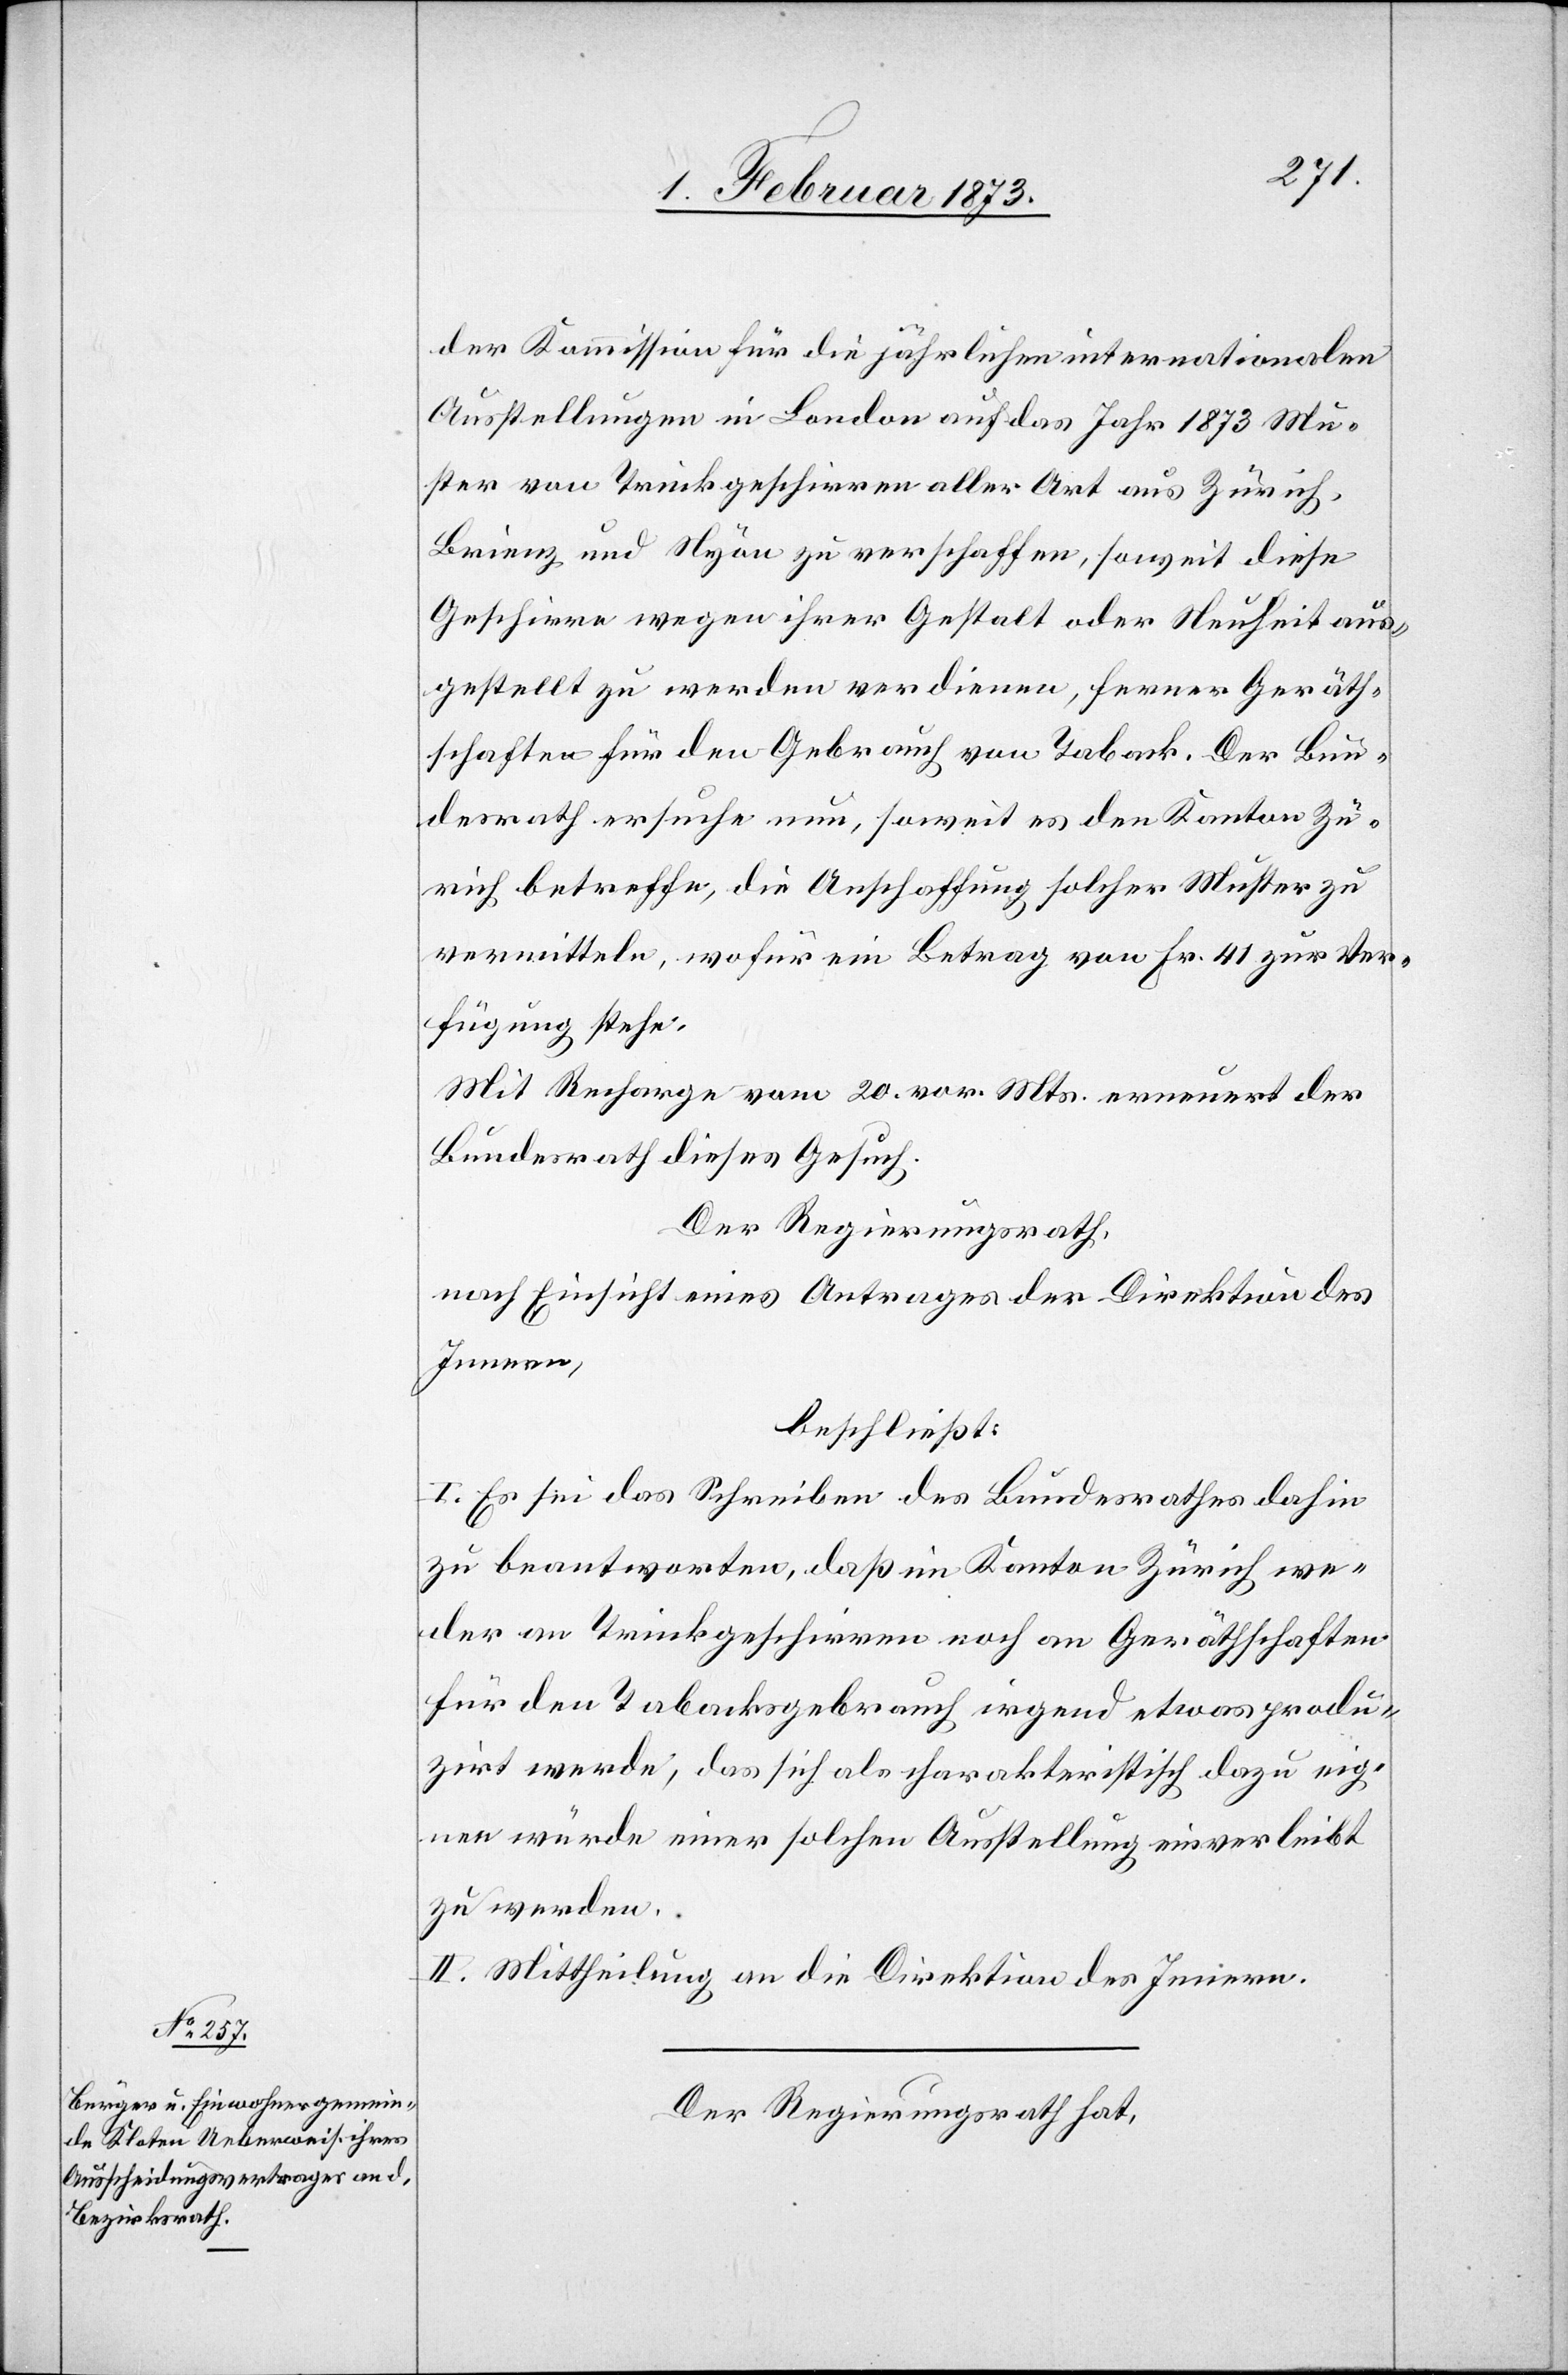
der Kommission für die jährlichen internationalen
Ausstellungen in London auf das Jahr 1873 Mu¬
ster von Trinkgeschirren aller Art aus Zürich,
Brienz und Nyon zu verschaffen, soweit diese
Geschirre wegen ihrer Gestalt oder Neuheit aus¬
gestellt zu werden verdienen, ferner Geräth¬
schaften für den Gebrauch von Taback. Der Bun¬
desrath ersuche nun, soweit es den Kanton Zü¬
rich betreffe, die Anschaffung solcher Muster zu
vermitteln, wofür ein Betrag von Fr. 41 zur Ver¬
fügung stehe.
Mit Recharge vom 20. vor. Mts. erneuert der
Bundesrath dieses Gesuch.
Der Regierungsrath,
nach Einsicht eines Antrages der Direktion des
Innern,
beschließt:
I. Es sei das Schreiben des Bundesrathes dahin
zu beantworten, daß im Kanton Zürich we¬
der an Trinkgeschirren noch an Geräthschaften
für den Tabackgebrauch irgend etwas produ¬
zirt werde, das sich als charakteristisch dazu eig¬
nen würde einer solchen Ausstellung einverleibt
zu werden.
II. Mittheilung an die Direktion des Innern.
Der Regierungsrath hat,